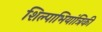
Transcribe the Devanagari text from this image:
शिल्पाभियांत्रिकी